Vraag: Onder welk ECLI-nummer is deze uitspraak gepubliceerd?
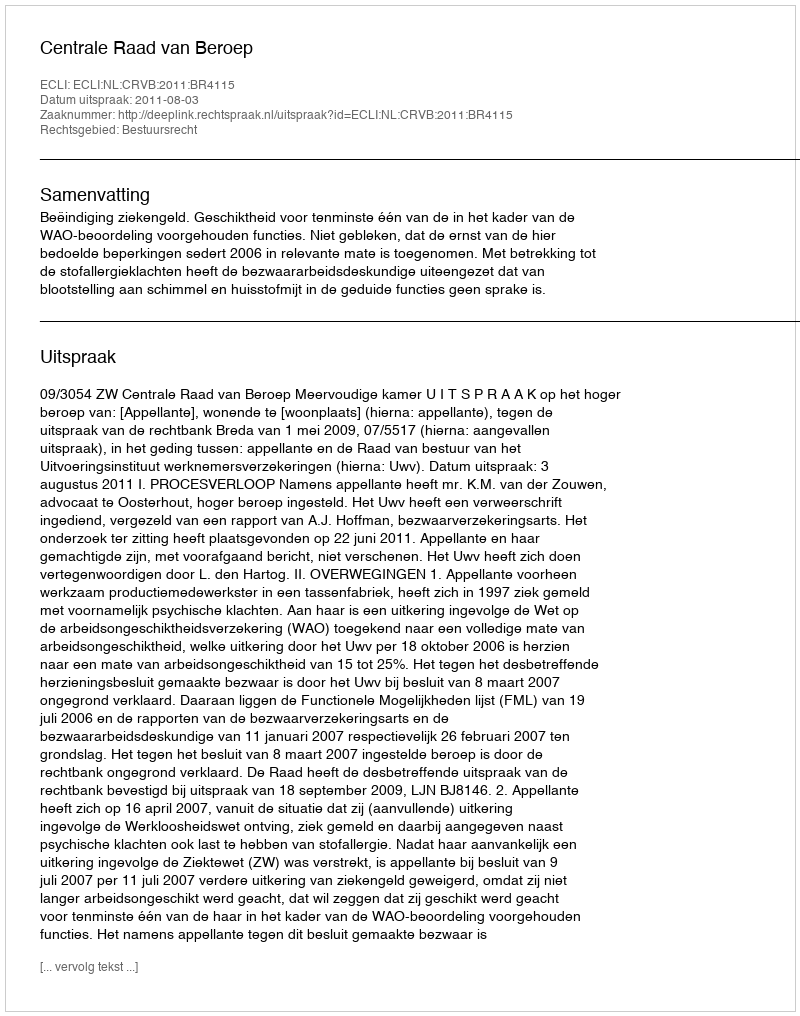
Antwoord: ECLI:NL:CRVB:2011:BR4115